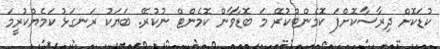
ކުޑަކޮށް ދިރާސާކޮށްފަ ކޮމެންޓްކުރޭ މަ ބޮޑާވާން ކޮމެންޓް ނުކުރޭ. ބަޔަކު ރަނގަޅު ކަމެޔްކުރީމަ